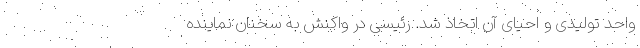
واحد تولیدی و احیای آن اتخاذ شد. رئیسی در واکنش به سخنان نماینده